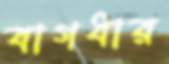
বাগধার